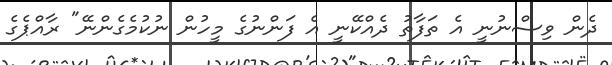
ދެން ވިސްނުނީ އެ ތަފާތު ދެއްކޭނީ އެ ފަންނުގެ މީހުން ނުކުމެގެންނޭ" ރާއްޕެގެ